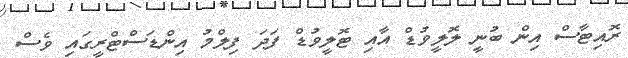
ރޮއިޓާސް އިން ބުނީ ލޮލީވުޑް އާއި ޓޮލީވުޑް ފަދަ ފިލްމު އިންޑަސްޓްރީގައި ވެސް